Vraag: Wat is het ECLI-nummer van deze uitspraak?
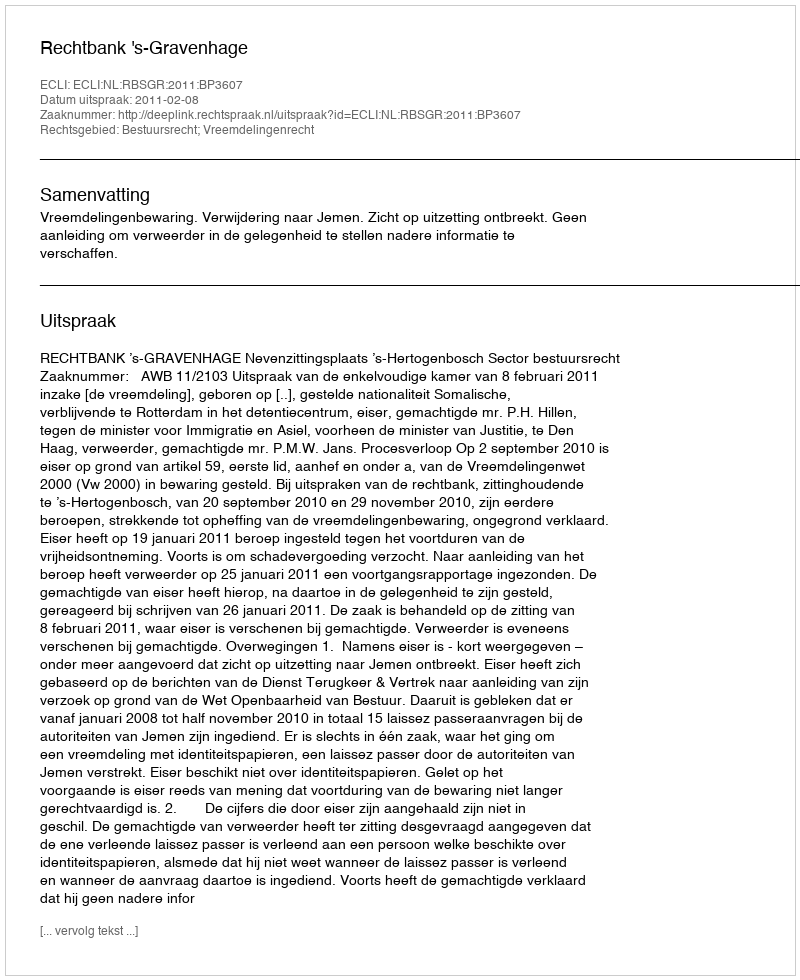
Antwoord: ECLI:NL:RBSGR:2011:BP3607